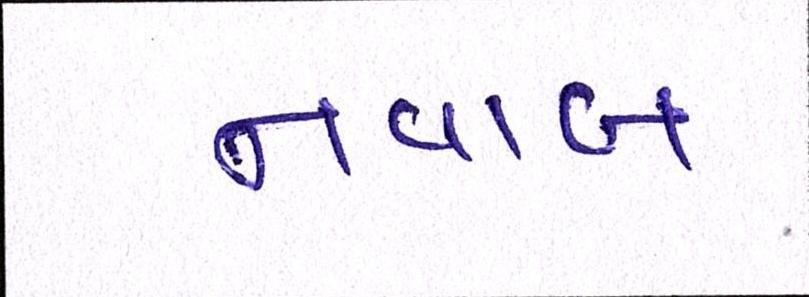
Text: નવાબ